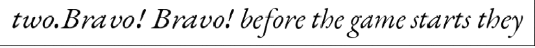
two.Bravo! Bravo! before the game starts they